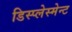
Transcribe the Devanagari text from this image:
डिस्प्लेस्मेन्ट